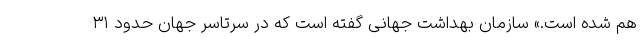
هم شده است.» سازمان بهداشت جهانی گفته است که در سرتاسر جهان حدود ۳۱